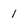
Character: 1